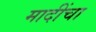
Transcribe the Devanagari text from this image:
मादींचा